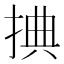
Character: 捵